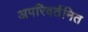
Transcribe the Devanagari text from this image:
अपरिवर्तनित